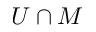
U \cap M